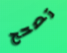
تصحح